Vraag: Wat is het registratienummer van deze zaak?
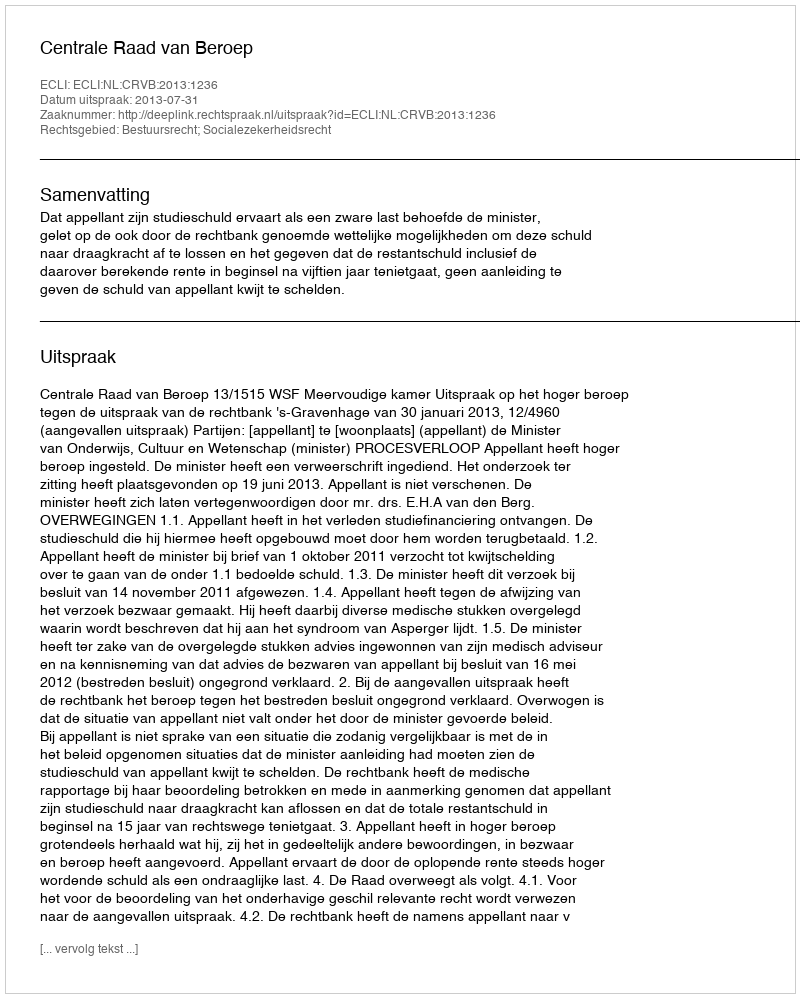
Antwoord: http://deeplink.rechtspraak.nl/uitspraak?id=ECLI:NL:CRVB:2013:1236